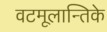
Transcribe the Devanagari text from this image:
वटमूलान्तिके